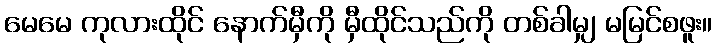
မေမေ ကုလားထိုင် နောက်မှီကို မှီထိုင်သည်ကို တစ်ခါမျှ မမြင်စဖူး။